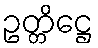
ဥတ္တိဋ္ဌေ